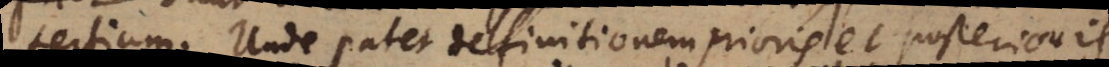
tertium. Unde patet definitionem prioris et posterio